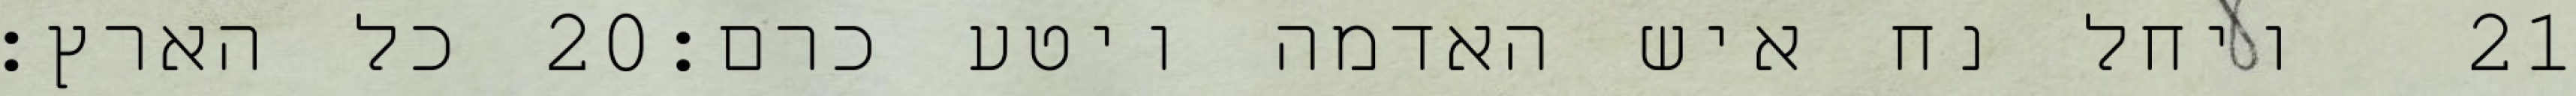
כל הארץ׃ ‎20‏ ויחל נח איש האדמה ויטע כרם׃ ‎21‏